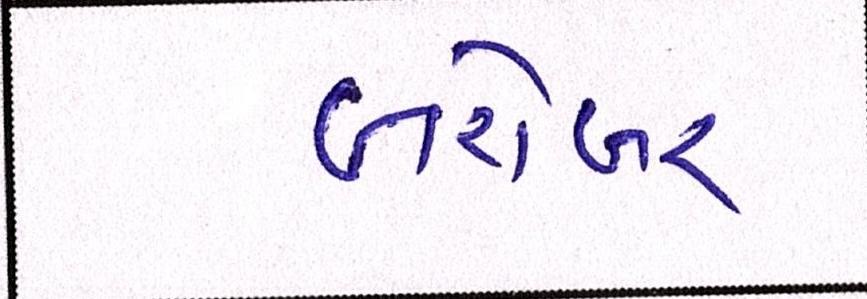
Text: બરોબર